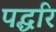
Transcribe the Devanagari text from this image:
पद्धरि